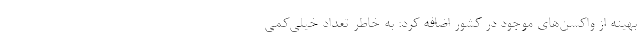
بهینه از واکسن‌های موجود در کشور اضافه کرد: به خاطر تعداد خیلی‌کمی